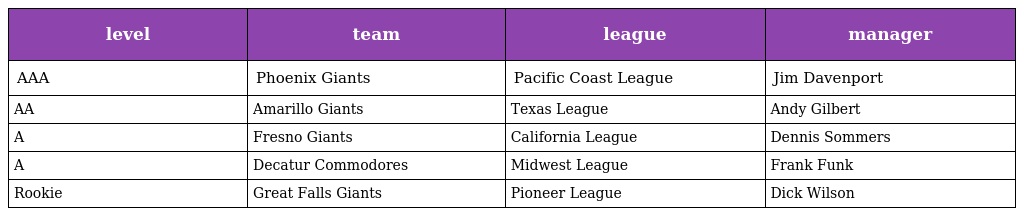
| level | team | league | manager |
 | --- | --- | --- | --- |
 | AAA | Phoenix Giants | Pacific Coast League | Jim Davenport |
 | AA | Amarillo Giants | Texas League | Andy Gilbert |
 | A | Fresno Giants | California League | Dennis Sommers |
 | A | Decatur Commodores | Midwest League | Frank Funk |
 | Rookie | Great Falls Giants | Pioneer League | Dick Wilson |